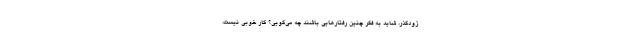
زودگذر، شاید به فکر چنین رفتارهایی باشند چه می‌گویی؟ کار خوبی نیست،